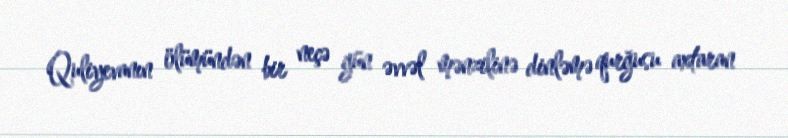
Quliyevanın ölümündən bir neçə gün əvvəl mənzilinə dinləmə qurğusu axtaran